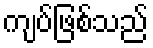
ကျပ်ဖြစ်သည်